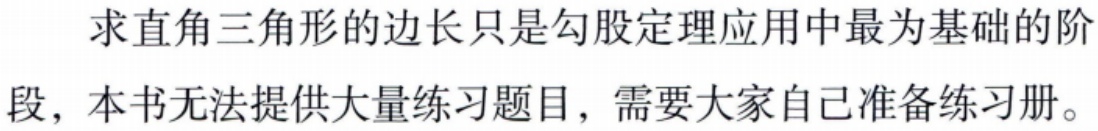
求直角三角形的边长只是勾股定理应用中最为基础的阶段，本书无法提供大量练习题目，需要大家自己准备练习册。